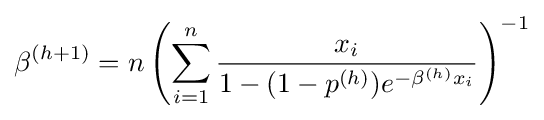
\beta ^{(h+1)}=n\left(\sum _{i=1}^{n}{\frac {x_{i}}{1-(1-p^{(h)})e^{-\beta ^{(h)}x_{i}}}}\right)^{-1}